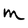
Character: m